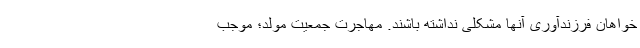
خواهان فرزندآوری آنها مشکلی نداشته باشند. مهاجرت جمعیت مولد؛ موجب